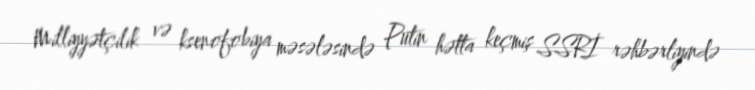
Milliyyətçilik və ksenofobiya məsələsində Putin hətta keçmiş SSRİ rəhbərliyində